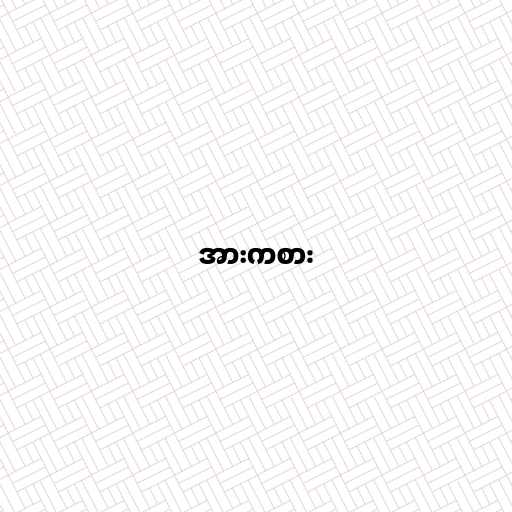
အားကစား